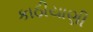
કાઠીયાણી